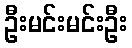
ဦးမင်းမင်းဦး